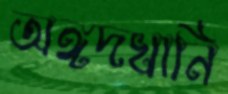
অঙ্গদখানি